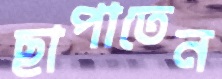
ছাপাতেন